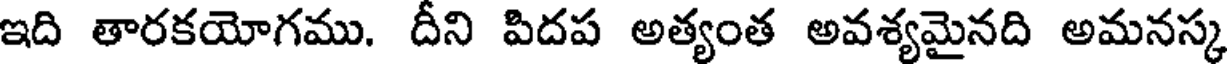
ఇది తారకయోగము. దీని పిదప అత్యంత అవశ్యమైనది అమనస్క